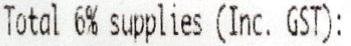
TOTAL 6% SUPPLIES (INC. GST):